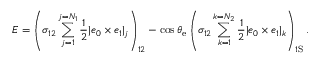
E = \left( \sigma _ { 1 2 } \sum _ { j = 1 } ^ { j = { N _ { 1 } } } \frac { 1 } { 2 } | \boldsymbol { e _ { 0 } } \times \boldsymbol { e _ { 1 } } | _ { j } \right) _ { 1 2 } - \cos \theta _ { \mathrm { { e } } } \left( \sigma _ { 1 2 } \sum _ { k = 1 } ^ { { k = N _ { 2 } } } \frac { 1 } { 2 } | \boldsymbol { e _ { 0 } } \times \boldsymbol { e _ { 1 } } | _ { k } \right) _ { 1 \mathrm { S } } .